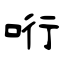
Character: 哘